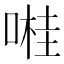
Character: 𠺺